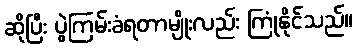
ဆိုပြီး ပွဲကြမ်းခံရတာမျိုးလည်း ကြုံနိုင်သည်။